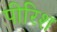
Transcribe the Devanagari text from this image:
पीरिश